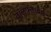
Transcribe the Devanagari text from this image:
वॉलफ्लावर्स